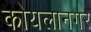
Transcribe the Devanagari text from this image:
कोयलानगर